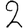
Digit: 2